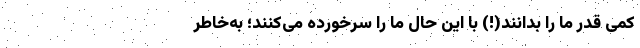
کمی قدر ما را بدانند(!) با این حال ما را سرخورده می‌کنند؛ به‌خاطر